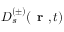
D _ { s } ^ { ( \pm ) } ( \textbf { r } , t )